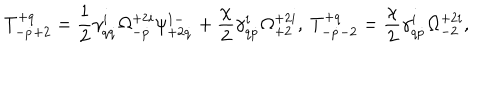
T _ { - \dot { p } + 2 } ^ { + q } = \frac 1 2 \gamma _ { q \dot { q } } ^ { i } \Omega _ { - \dot { p } } ^ { + 2 i } \psi _ { + 2 \dot { q } } ^ { 1 - } + \frac { \chi } { 2 } \gamma _ { q \dot { p } } ^ { i } \Omega _ { + 2 } ^ { + 2 i } , \ T _ { - \dot { p } - 2 } ^ { + q } = \frac { \chi } { 2 } \gamma _ { q \dot { p } } ^ { i } \Omega _ { - 2 } ^ { + 2 i } ,